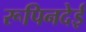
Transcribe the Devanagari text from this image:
रूपिनदेई